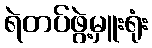
ရဲတပ်ဖွဲ့မှူးရုံး